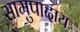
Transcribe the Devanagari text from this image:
सामुपादाय